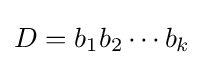
D=b_{1}b_{2}\cdots b_{k}